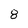
Character: 8